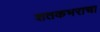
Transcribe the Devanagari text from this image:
शतकभराचा